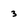
Character: 3